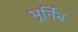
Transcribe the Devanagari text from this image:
भूर्निब